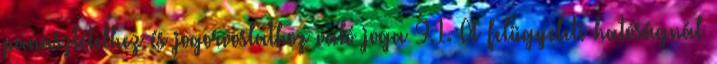
panasztételhez és jogorvoslathoz való joga 9.1. A felügyeleti hatóságnál